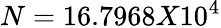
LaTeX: N=16.7968X10^{4}